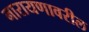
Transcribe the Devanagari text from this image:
नारायणावरील